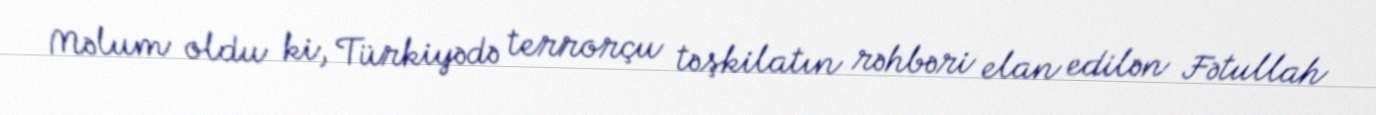
Məlum oldu ki, Türkiyədə terrorçu təşkilatın rəhbəri elan edilən Fətullah